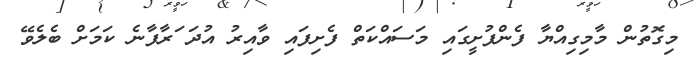
މިގޮތުން މާމިގިއްޔާ ފެންފުށީގައި މަސައްކަތް ފެށިފައި ވާއިރު އުދަ ަރާފާނެ ކަމަށް ބެލެވޭ